system: You are a helpful assistant.
user:
Analyze the provided spectrum to determine if it is a **Carbon Star (C-type)**.

- **Key Visual Indicators of Carbon Star:**
    - **(Primary):** Strong molecular absorption from **C₂ (diatomic carbon) "Swan Bands."** This is the **defining feature** of a carbon star.
        - **(Key Bandheads):** Sharp absorption edges are visible at approximately $5635$ Å, $5165$ Å (the strongest band), and $4737$ Å.
        - **(Line Profile):** Creates a distinct **"saw-tooth"** pattern. The key morphology is a sharp, steep bandhead on the **red (long-wavelength) side**, which then gradually tapers off (i.e., flux recovers) towards the **blue (short-wavelength) side**. *(This is the direct opposite of the TiO bands seen in M-type stars)*.

    - **(Secondary):** Intense **CN (cyanogen)** molecular absorption bands.
        - **(Key Bandheads):** Located in the blue and violet regions of the spectrum (e.g., near $4215$ Å and $3883$ Å).
        - **(Morphology):** These bands are extremely broad and act as a "blanket," absorbing the vast majority of blue and violet light. This creates a characteristic **"cliff"** or **"steep drop-off"** in the spectrum's flux at short wavelengths.

    - **(Key Confirmation):** Strong **CH absorption band (G-band)**.
        - **(Key Bandhead):** Located around $4300$ Å. The contribution from CH molecules to this band is exceptionally strong.

    - **(Overall Spectrum):**
        - The continuum is severely "chopped up" by these deep molecular bands, especially C₂, rather than appearing as a smooth curve.
        - Due to the heavy CN and C₂ absorption in the blue-green, the vast majority of the star's flux is concentrated in the red part of the spectrum, giving the star its characteristic deep red color.

Think first, call **spectral_visualization_tool** if needed to examine features in detail, then provide your final answer. Your response must adhere to the following strict rules:
1.  **Overall Structure:** Your response must follow the format `<think>...</think> <tool_call>...</tool_call> (if a tool is used) <answer>...</answer>`.
2.  **Tool Usage Constraint:** You may only make **one** tool call per turn.
3.  **Final Answer Format:** In the `<answer>` tag, your conclusion must be inside a `\boxed{}` command (e.g., `\boxed{YES}`), followed by your justification.

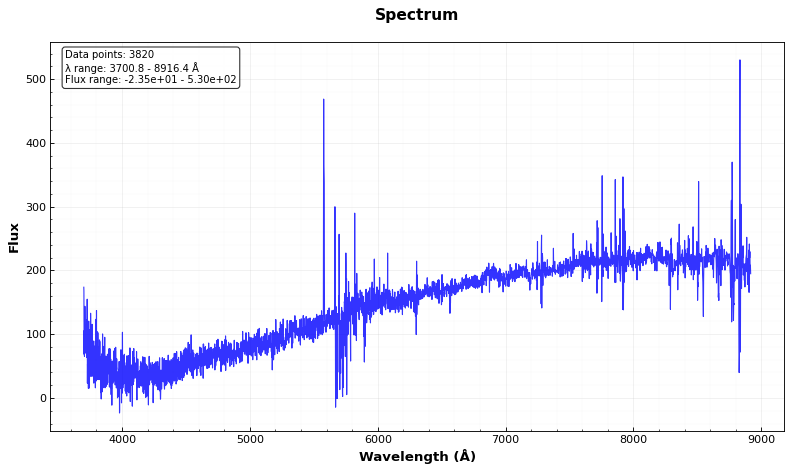
Answer: NO